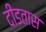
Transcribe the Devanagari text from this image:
दीडतास